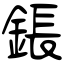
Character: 鋹